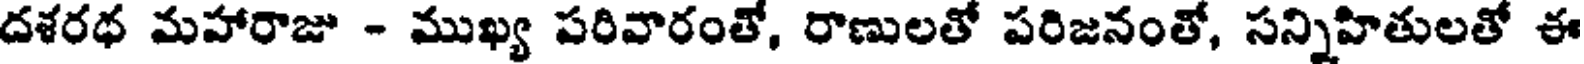
దశరథ మహారాజు - ముఖ్య పరివారంతో, రాణులతో పరిజనంతో, సన్నిహితులతో ఈ